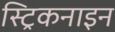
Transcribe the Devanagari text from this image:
स्ट्रिकनाइन